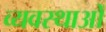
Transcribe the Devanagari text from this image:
व्यवस्थाआें